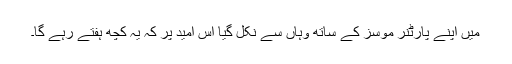
میں اپنے پارٹنر موسز کے ساتھ وہاں سے نکل گیا اس امید پر کہ یہ کچھ ہفتے رہے گا۔